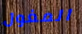
المغول